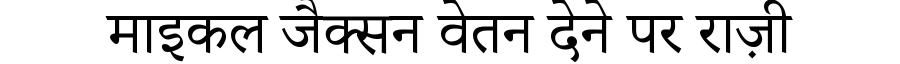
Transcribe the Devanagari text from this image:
माइकल जैक्सन वेतन देने पर राज़ी